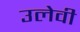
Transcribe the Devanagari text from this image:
उलेवी